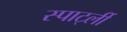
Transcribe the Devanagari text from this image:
स्पार्ट्ली